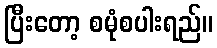
ပြီးတော့ စမုံစပါးရည်။